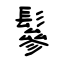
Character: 鬖